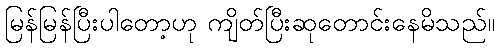
မြန်မြန်ပြီးပါတော့ဟု ကျိတ်ပြီးဆုတောင်းနေမိသည်။